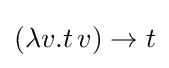
(\lambda v.t\,v)\rightarrow t